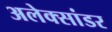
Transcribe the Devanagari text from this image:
अलेक्सांडर